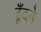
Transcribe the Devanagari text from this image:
ढूँदने